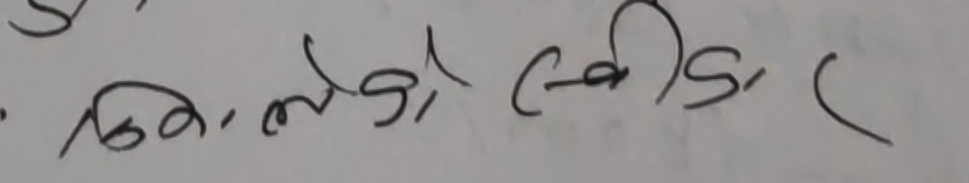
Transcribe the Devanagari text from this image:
मिलेको स्वीडन(